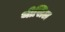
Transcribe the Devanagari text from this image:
थीसिल